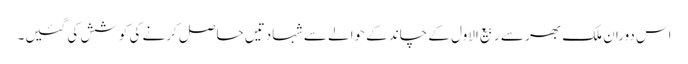
اس دوران ملک بھر سے ربیع الاول کے چاند کے حوالے سے شہادتیں حاصل کرنے کی کوشش کی گئیں۔